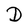
Character: D